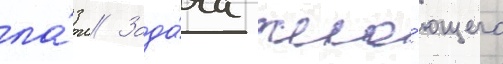
ла́з // Зада́ча жела́ющего